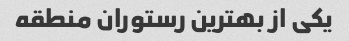
یکی از بهترین رستوران منطقه